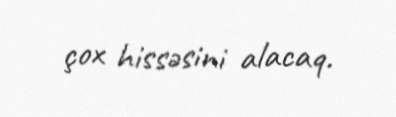
çox hissəsini alacaq.